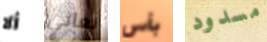
ألا نعاني بأس مسدود